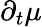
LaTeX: \partial_{t}\mu